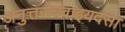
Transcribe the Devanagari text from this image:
अनुत्तरोववाइयदसा